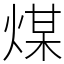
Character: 煤